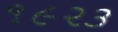
૧૯૨૩